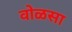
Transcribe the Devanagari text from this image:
वोळसा